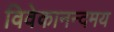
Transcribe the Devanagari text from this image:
विवेकानन्दमय